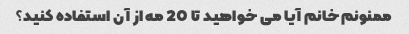
ممنونم خانم آیا می خواهید تا 20 مه از آن استفاده کنید؟